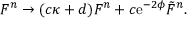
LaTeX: F ^ { n } \rightarrow ( c \kappa + d ) F ^ { n } + c \mathrm { e } ^ { - 2 \phi } { \tilde { F } } ^ { n } .